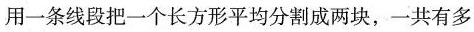
用一条线段把一个长方形平均分割成两块，一共有多